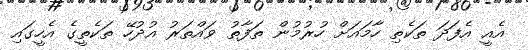
އެއީ އެފަދަ ތަކެތި ހާމައަށް ހުރުމުން ތަފާތު ވައްތަރު އުދުހޭ ތަކެތީގެ އެހީގައި